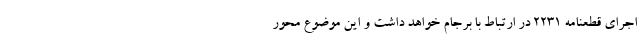
اجرای قطعنامه ۲۲۳۱ در ارتباط با برجام خواهد داشت و این موضوع محور